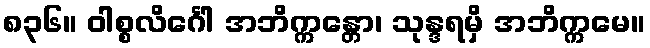
၈၃၆။ ဝါစ္စလိင်္ဂေါ အဘိက္ကန္တော၊ သုန္ဒရမှိ အဘိက္ကမေ။